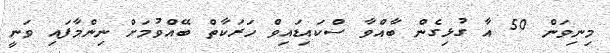
މިނިވަން 50 އާ ގުޅިގެން ބާއްވާ ސްކައިޑައިވް ހަރަކާތް ބޭއްވުމަށް ނިންމާފައި ވަނީ